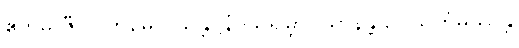
ဧတမှိ ဇီဝဂ္ဂါဟမေဝ သန္တိဋ္ဌနံ ဩရမ္ဘာဂိယာနန္တိ ဥပသင်္ကမိဿန္တိ